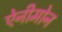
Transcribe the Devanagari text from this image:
ऐनीमोन